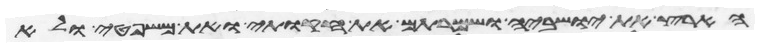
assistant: הארץ את ישביה ושמרתם את חקותי ואת משפטי ולא